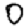
Digit: 0